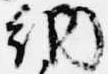
納